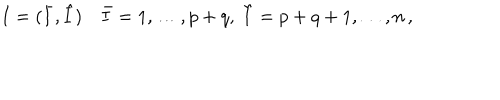
I = ( \bar { I } , \hat { I } ) ~ \bar { I } = 1 , \dots , p + q , ~ \hat { I } = p + q + 1 , \dots , n \, ,